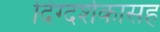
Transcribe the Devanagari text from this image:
दिग्दर्शकासह